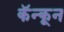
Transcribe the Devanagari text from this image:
कॅन्कून